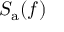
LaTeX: S _ { \mathrm { a } } ( f )